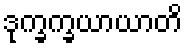
ဒုက္ခက္ခယာယာတိ